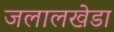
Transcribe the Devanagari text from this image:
जलालखेडा